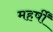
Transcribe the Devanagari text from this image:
महर्षीं